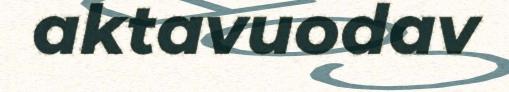
aktavuodav